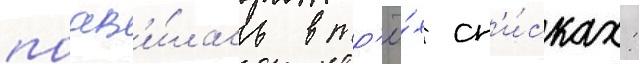
поав'и́лась в тр'ё́х сп'и́сках: